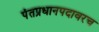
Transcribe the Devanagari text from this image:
पंतप्रधानपदावरच